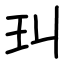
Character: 㺩